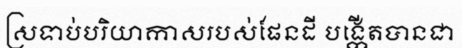
ស្រទាប់បរិយាកាសរបស់ផែនដី បង្កើតបានជា